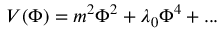
V ( \Phi ) = m ^ { 2 } \Phi ^ { 2 } + \lambda _ { 0 } \Phi ^ { 4 } + . . .